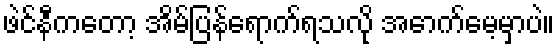
ဖဲင်နီကတော့ အိမ်ပြန်ရောက်ရသလို အောက်မေ့မှာပဲ။